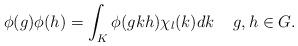
LaTeX: \begin{align*}\phi(g)\phi(h)=\int_{ K} \phi(gkh)\chi_l(k)dk \quad\,g,h\in G.\end{align*}